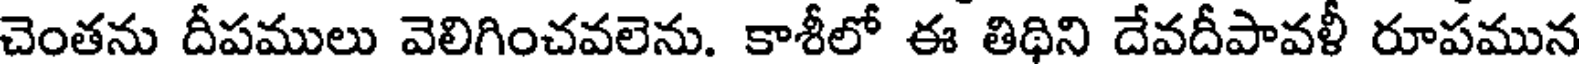
చెంతను దీపములు వెలిగించవలెను. కాశీలో ఈ తిథిని దేవదీపావళీ రూపమున